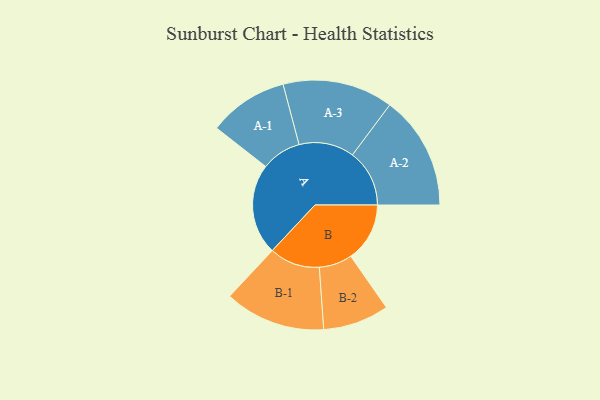
{"axis": {"x": "Segment", "y": "Value"}, "legend": ["", "A", "B"], "data": [{"x": "A", "y": 459, "type": ""}, {"x": "B", "y": 298, "type": ""}, {"x": "A-1", "y": 201, "type": "A"}, {"x": "A-2", "y": 288, "type": "A"}, {"x": "A-3", "y": 279, "type": "A"}, {"x": "B-1", "y": 255, "type": "B"}, {"x": "B-2", "y": 167, "type": "B"}]}